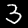
Label: 3